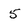
Character: 5